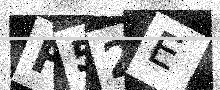
Text: F52E